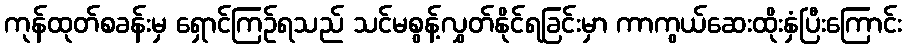
ကုန်ထုတ်စခန်းမှ ရှောင်ကြဉ်ရသည် သင်မစွန့်လွှတ်နိုင်ရခြင်းမှာ ကာကွယ်ဆေးထိုးနှံပြီးကြောင်း